Document type: Sale
Year: 1235
Scribe: Pere de Bages
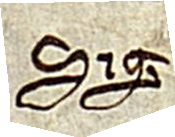
Sig